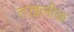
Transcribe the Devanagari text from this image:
तख़लीक़